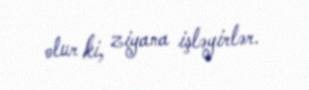
olur ki, ziyana işləyirlər.